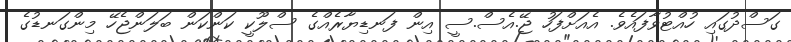
ގަސްދުގައި ހުއްޓުވާފައެވެ. އެއަށްފަހު ޖޭ.އެސް.ސީ އިން ފަނޑިޔާރެއްގެ ސްލޫކީ ކަންކަން ބަލަންޖެހޭ މިންގަނޑުގެ